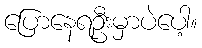
ပြောနေရဦးမှာပဲပေါ့။